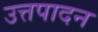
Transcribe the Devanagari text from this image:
उत्तपादन